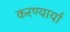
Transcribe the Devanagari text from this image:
करण्यार्या